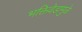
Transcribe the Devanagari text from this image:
भक्तिवेडामुळे